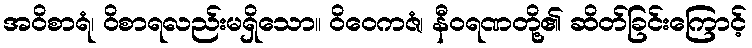
အဝိစာရံ၊ ဝိစာရလည်းမရှိသော။ ဝိဝေကဇံ၊ နီဝရဏတို့၏ ဆိတ်ခြင်းကြောင့်